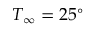
T _ { \infty } = 2 5 ^ { \circ }